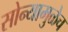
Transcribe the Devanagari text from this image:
सोन्यामुळेच